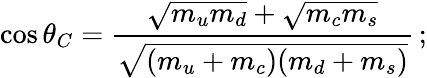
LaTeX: \cos\theta_{C}=\frac{\sqrt{m_{u}m_{d}}+\sqrt{m_{c}m_{s}}}{\sqrt{(m_{u}+m_{c})(m_{d}+m_{s})}}\, ;